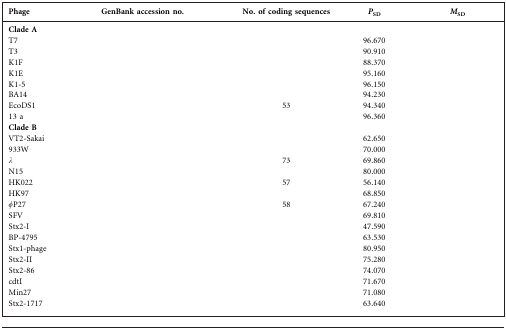
<table><thead><tr><td><b>Phage</b></td><td><b>GenBank accession no.</b></td><td><b>No. of coding sequences</b></td><td><b><i>P</i><sub>SD</sub></b></td><td><b><i>M</i><sub>SD</sub></b></td></tr></thead><tbody><tr><td><b>Clade A</b></td><td>[EMPTY_CELL]</td><td>[EMPTY_CELL]</td><td>[EMPTY_CELL]</td><td>[EMPTY_CELL]</td></tr><tr><td>T7</td><td>[EMPTY_CELL]</td><td>[EMPTY_CELL]</td><td>96.670</td><td>[EMPTY_CELL]</td></tr><tr><td>T3</td><td>[EMPTY_CELL]</td><td>[EMPTY_CELL]</td><td>90.910</td><td>[EMPTY_CELL]</td></tr><tr><td>K1F</td><td>[EMPTY_CELL]</td><td>[EMPTY_CELL]</td><td>88.370</td><td>[EMPTY_CELL]</td></tr><tr><td>K1E</td><td>[EMPTY_CELL]</td><td>[EMPTY_CELL]</td><td>95.160</td><td>[EMPTY_CELL]</td></tr><tr><td>K1-5</td><td>[EMPTY_CELL]</td><td>[EMPTY_CELL]</td><td>96.150</td><td>[EMPTY_CELL]</td></tr><tr><td>BA14</td><td>[EMPTY_CELL]</td><td>[EMPTY_CELL]</td><td>94.230</td><td>[EMPTY_CELL]</td></tr><tr><td>EcoDS1</td><td>[EMPTY_CELL]</td><td>53</td><td>94.340</td><td>[EMPTY_CELL]</td></tr><tr><td>13 a</td><td>[EMPTY_CELL]</td><td>[EMPTY_CELL]</td><td>96.360</td><td>[EMPTY_CELL]</td></tr><tr><td><b>Clade B</b></td><td>[EMPTY_CELL]</td><td>[EMPTY_CELL]</td><td>[EMPTY_CELL]</td><td>[EMPTY_CELL]</td></tr><tr><td>VT2-Sakai</td><td>[EMPTY_CELL]</td><td>[EMPTY_CELL]</td><td>62.650</td><td>[EMPTY_CELL]</td></tr><tr><td>933W</td><td>[EMPTY_CELL]</td><td>[EMPTY_CELL]</td><td>70.000</td><td>[EMPTY_CELL]</td></tr><tr><td>λ</td><td>[EMPTY_CELL]</td><td>73</td><td>69.860</td><td>[EMPTY_CELL]</td></tr><tr><td>N15</td><td>[EMPTY_CELL]</td><td>[EMPTY_CELL]</td><td>80.000</td><td>[EMPTY_CELL]</td></tr><tr><td>HK022</td><td>[EMPTY_CELL]</td><td>57</td><td>56.140</td><td>[EMPTY_CELL]</td></tr><tr><td>HK97</td><td>[EMPTY_CELL]</td><td>[EMPTY_CELL]</td><td>68.850</td><td>[EMPTY_CELL]</td></tr><tr><td>φP27</td><td>[EMPTY_CELL]</td><td>58</td><td>67.240</td><td>[EMPTY_CELL]</td></tr><tr><td>SFV</td><td>[EMPTY_CELL]</td><td>[EMPTY_CELL]</td><td>69.810</td><td>[EMPTY_CELL]</td></tr><tr><td>Stx2-I</td><td>[EMPTY_CELL]</td><td>[EMPTY_CELL]</td><td>47.590</td><td>[EMPTY_CELL]</td></tr><tr><td>BP-4795</td><td>[EMPTY_CELL]</td><td>[EMPTY_CELL]</td><td>63.530</td><td>[EMPTY_CELL]</td></tr><tr><td>Stx1-phage</td><td>[EMPTY_CELL]</td><td>[EMPTY_CELL]</td><td>80.950</td><td>[EMPTY_CELL]</td></tr><tr><td>Stx2-II</td><td>[EMPTY_CELL]</td><td>[EMPTY_CELL]</td><td>75.280</td><td>[EMPTY_CELL]</td></tr><tr><td>Stx2-86</td><td>[EMPTY_CELL]</td><td>[EMPTY_CELL]</td><td>74.070</td><td>[EMPTY_CELL]</td></tr><tr><td>cdtI</td><td>[EMPTY_CELL]</td><td>[EMPTY_CELL]</td><td>71.670</td><td>[EMPTY_CELL]</td></tr><tr><td>Min27</td><td>[EMPTY_CELL]</td><td>[EMPTY_CELL]</td><td>71.080</td><td>[EMPTY_CELL]</td></tr><tr><td>Stx2-1717</td><td>[EMPTY_CELL]</td><td>[EMPTY_CELL]</td><td>63.640</td><td>[EMPTY_CELL]</td></tr></tbody></table>